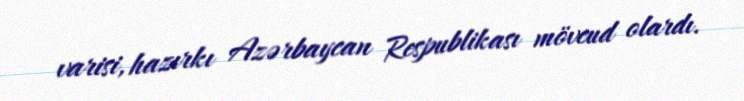
varisi, hazırkı Azərbaycan Respublikası mövcud olardı.